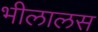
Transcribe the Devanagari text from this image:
भीलालस